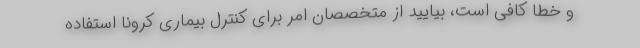
و خطا کافی است، بیایید از متخصصان امر برای کنترل بیماری کرونا استفاده